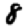
Digit: 8